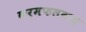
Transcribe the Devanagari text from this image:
कर्मफलवाद